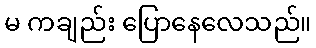
မ ကချည်း ပြောနေလေသည်။